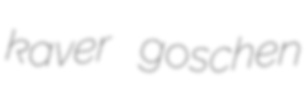
kaver goschen